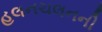
હલનચલનની